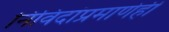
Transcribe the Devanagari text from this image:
निविदांप्रमाणेही